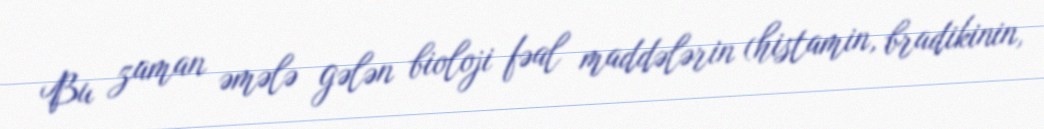
Bu zaman əmələ gələn bioloji fəal maddələrin (histamin, bradikinin,